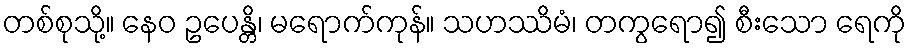
တစ်စုသို့။ နေဝ ဥပေန္တိ၊ မရောက်ကုန်။ သဟဿိမံ၊ တကွရော၍ စီးသော ရေကို